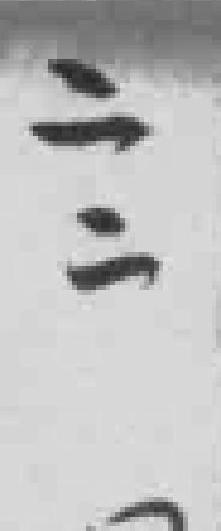
二二